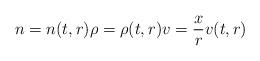
LaTeX: \begin{align*}n=n(t,r)\rho=\rho(t,r)v=\frac{x}{r}v(t,r)\end{align*}